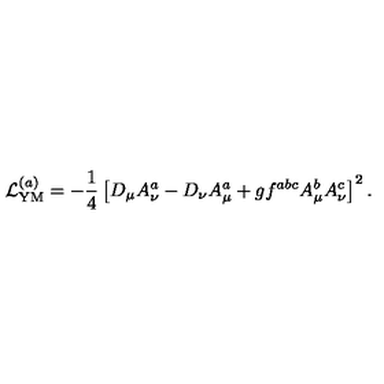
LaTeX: { \cal L } _ { \mathrm { Y M } } ^ { ( a ) } = - \frac 1 4 \left[ D _ { \mu } A _ { \nu } ^ { a } - D _ { \nu } A _ { \mu } ^ { a } + g f ^ { a b c } A _ { \mu } ^ { b } A _ { \nu } ^ { c } \right] ^ { 2 } .